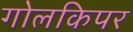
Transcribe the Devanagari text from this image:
गोलकिपर